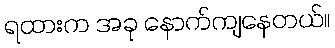
ရထားက အခု နောက်ကျနေတယ်။